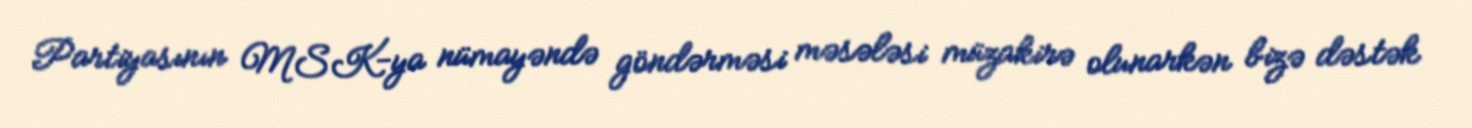
Partiyasının MSK-ya nümayəndə göndərməsi məsələsi müzakirə olunarkən bizə dəstək